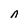
Character: n